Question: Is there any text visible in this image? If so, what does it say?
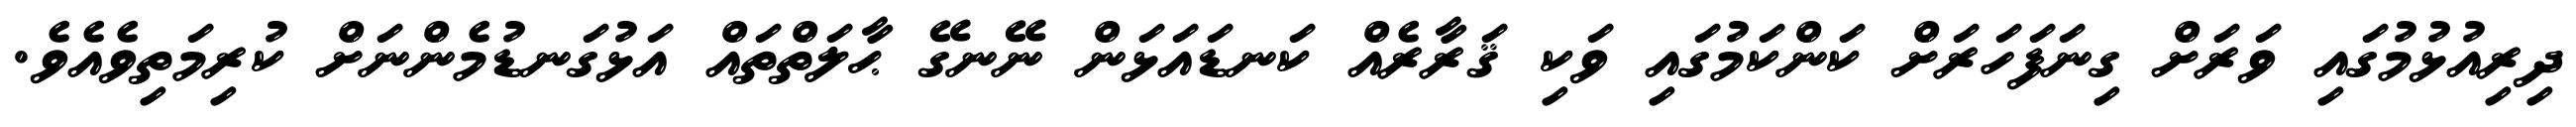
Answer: ދިރިއުޅުމުގައި ވަރަށް ގިނަފަހަރަށް ކަންކަމުގައި ވަކި ޤަރާރެއް ކަނޑައަޅަން ނޭނގޭ ޙާލަތްތައް އަޅުގަނޑުމެންނަށް ކުރިމަތިވެއެވެ.